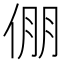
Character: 倗